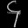
Digit: ၄